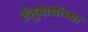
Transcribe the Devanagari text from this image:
तंतुवाद्यांच्या